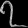
Digit: ၇